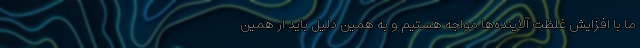
ما با افزایش غلظت آلاینده‌ها مواجه هستیم و به همین دلیل باید از همین